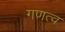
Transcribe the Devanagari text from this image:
गणत्व